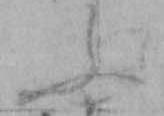
ふ